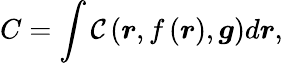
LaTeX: C=\int\mathcal{C}\left(\boldsymbol{r},f\left(\boldsymbol{r}\right),\boldsymbol{g}\right)d\boldsymbol{r},